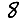
Digit: 8